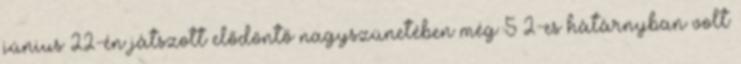
június 22-én játszott elődöntő nagyszünetében még 5–2-es hátárnyban volt